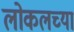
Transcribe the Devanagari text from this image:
लोकलच्या